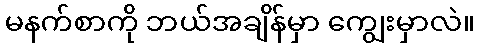
မနက်စာကို ဘယ်အချိန်မှာ ကျွေးမှာလဲ။